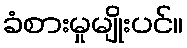
ခံစားမှုမျိုးပင်။